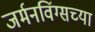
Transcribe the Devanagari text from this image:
जर्मनविंग्सच्या